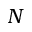
N